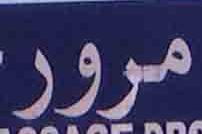
مرور